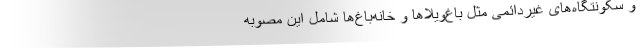
و سکونتگاه‌های غیردائمی مثل باغ‌ویلاها و خانه‌باغ‌ها شامل این مصوبه